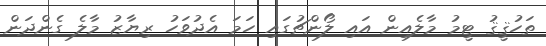
ތަހުޤީޤު ޓީމު މާލެއިން އައި ލޯންޗުގައި ހަމަ އެދުވަހު ރިޔާޒު މާލެ ގެންދަން